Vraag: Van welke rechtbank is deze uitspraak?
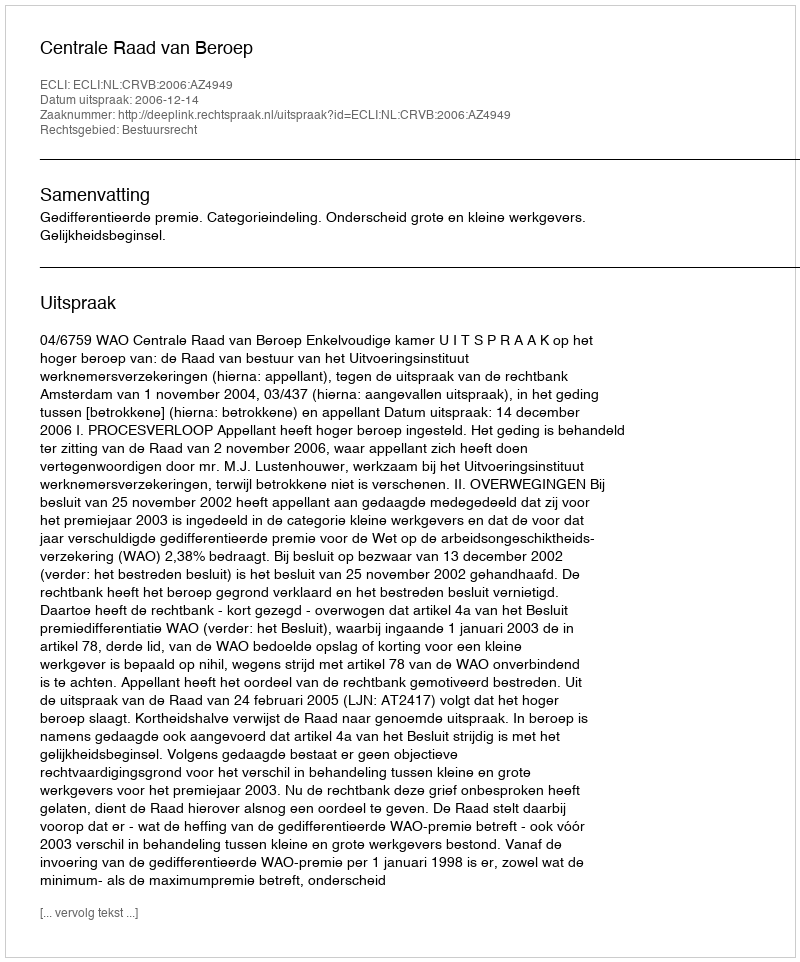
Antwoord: Centrale Raad van Beroep